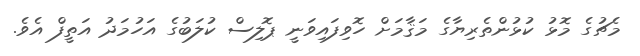
މެޗުގެ މޮޅު ކުޅުންތެރިޔާގެ މަޤާމަށް ހޮވިފައިވަނީ ޕޮލިސް ކުލަބުގެ އަހުމަދު އަތީފް އެވެ.